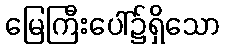
မြေကြီးပေါ်၌ရှိသော